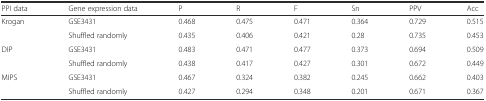
<table><thead><tr><td><b>PPI data</b></td><td><b>Gene expression data</b></td><td><b>P</b></td><td><b>R</b></td><td><b>F</b></td><td><b>Sn</b></td><td><b>PPV</b></td><td><b>Acc</b></td></tr></thead><tbody><tr><td rowspan="2">Krogan</td><td>GSE3431</td><td>0.468</td><td>0.475</td><td>0.471</td><td>0.364</td><td>0.729</td><td>0.515</td></tr><tr><td>Shuffled randomly</td><td>0.435</td><td>0.406</td><td>0.421</td><td>0.28</td><td>0.735</td><td>0.453</td></tr><tr><td rowspan="2">DIP</td><td>GSE3431</td><td>0.483</td><td>0.471</td><td>0.477</td><td>0.373</td><td>0.694</td><td>0.509</td></tr><tr><td>Shuffled randomly</td><td>0.438</td><td>0.417</td><td>0.427</td><td>0.301</td><td>0.672</td><td>0.449</td></tr><tr><td rowspan="2">MIPS</td><td>GSE3431</td><td>0.467</td><td>0.324</td><td>0.382</td><td>0.245</td><td>0.662</td><td>0.403</td></tr><tr><td>Shuffled randomly</td><td>0.427</td><td>0.294</td><td>0.348</td><td>0.201</td><td>0.671</td><td>0.367</td></tr></tbody></table>